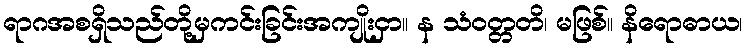
ရာဂအစရှိသည်တို့မှကင်းခြင်းအကျိုးငှာ။ န သံဝတ္တတိ၊ မဖြစ်။ နိရောဓာယ၊